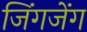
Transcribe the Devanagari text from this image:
जिंगजेंग